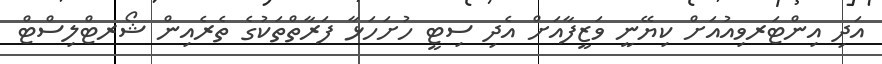
އަދި އިންޓަރވިއުއަށް ކިޔޭނީ ވަޒީފާއަށް އެދި ސިޓީ ހުށަހަޅާ ފަރާތްތަކުގެ ތެރެއިން ޝޯރޓްލިސްޓް